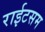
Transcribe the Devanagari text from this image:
राईटसम